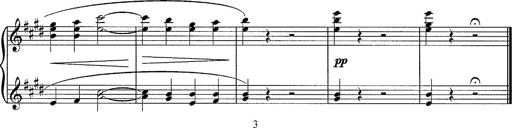
Title: Sancta Dorothea
Composer: Franz Liszt
Key: E major